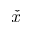
\check { x }